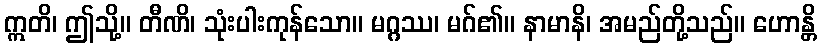
ဣတိ၊ ဤသို့။ တီဏိ၊ သုံးပါးကုန်သော။ မဂ္ဂဿ၊ မဂ်၏။ နာမာနိ၊ အမည်တို့သည်။ ဟောန္တိ